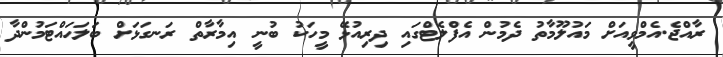
ރާއްޖެ.އެމްވީއަށް މައުލޫމާތު ދެމުން އެފްލެޓްގައި ދިރިއުޅޭ މީހަކު ބުނީ އިމާރާތް ރަނގަޅަށް ބަލަހައްޓަމުންދާ